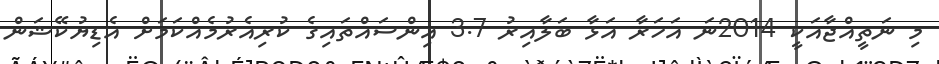
މި ނަތީއްޖާއަކީ 2014ނަ އަހަރާ އަޅާ ބަލާއިރު 3.7 އިންސައްތައިގެ ކުރިއެރުމެއްކަމަށް އެޑިޔުކޭޝަން